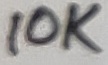
Text: 10K